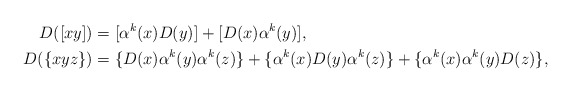
\begin{align*}D([xy])&=[\alpha^k(x)D(y)]+[D(x)\alpha^k(y)],\\D(\{xyz\})&=\{D(x)\alpha^k(y)\alpha^k(z)\}+\{\alpha^k(x)D(y)\alpha^k(z)\}+\{\alpha^k(x)\alpha^k(y)D(z)\},\end{align*}